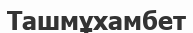
Ташмұхамбет